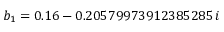
b _ { 1 } = 0 . 1 6 - 0 . 2 0 5 7 9 9 7 3 9 1 2 3 8 5 2 8 5 \, i